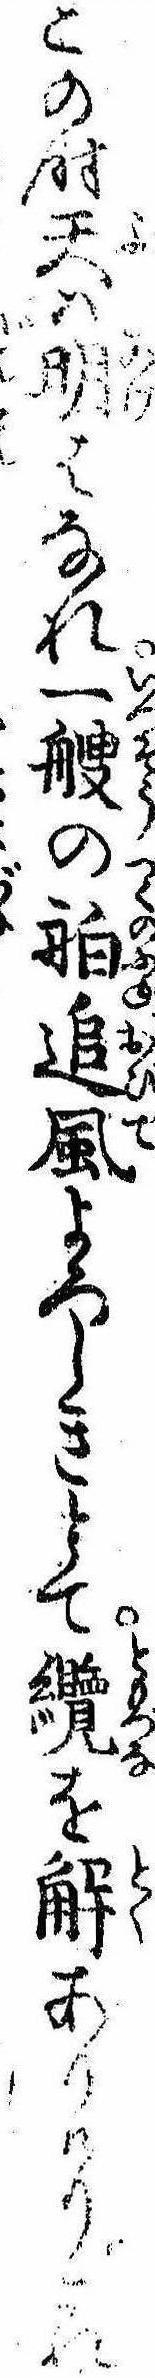
この時天は明はなれ一艘の舶追風よろしきとて纜を解ありけりこれ